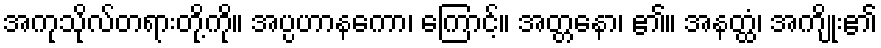
အကုသိုလ်တရားတို့ကို။ အပ္ပဟာနကော၊ ကြောင့်။ အတ္တနော၊ ၏။ အနတ္ထံ၊ အကျိုး၏